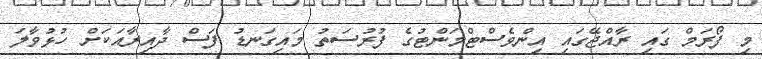
މި ފޯރަމް ގައި ރާއްޖޭގައި އިންވެސްޓްމަންޓުގެ ފުރުސަތު މައިގަނޑު ފަސް ދާއިރާއަކަށް ހުޅުވާލަ